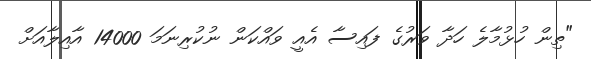
"ތިން ހުޅުމާލެ ހަދާ ވަރުގެ ފައިސާ އެއީ ވައްކަން ނުކުރިނަމަ 14000 އާއިލާއަށް